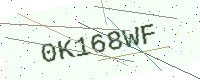
Text: 0K168WF